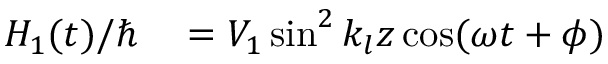
\begin{array} { r l } { H _ { 1 } ( t ) / \hbar } & { { } = V _ { 1 } \sin ^ { 2 } k _ { l } z \cos ( \omega t + \phi ) } \end{array}